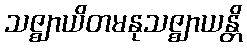
သဇ္ဈာယိတမနုသဇ္ဈာယန္တိ